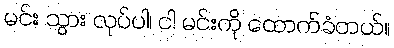
မင်း သွား လုပ်ပါ၊ ငါ မင်းကို ထောက်ခံတယ်။